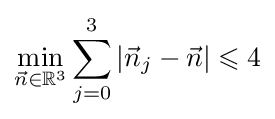
\min _{{\vec {n}}\in \mathbb {R} ^{3}}\sum _{j=0}^{3}\left|{\vec {n}}_{j}-{\vec {n}}\right|\leqslant 4